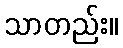
သာတည်း။